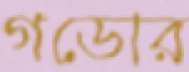
গডোর